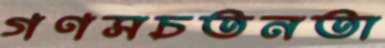
গণসচতনতা